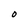
Character: O